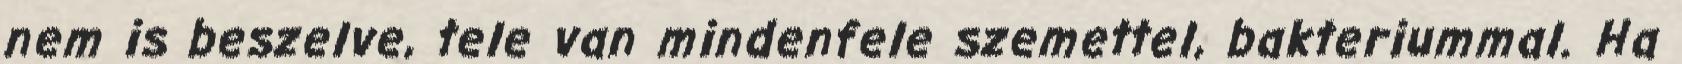
nem is beszelve, tele van mindenfele szemettel, bakteriummal. Ha